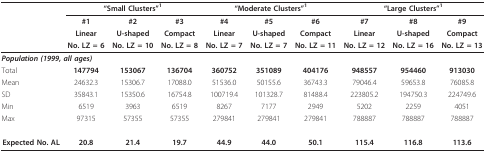
<table><thead><tr><td></td><td colspan="3"><b>&quot;Small Clusters&quot;<sup>1</sup></b></td><td colspan="3"><b>&quot;Moderate Clusters&quot;<sup>1</sup></b></td><td colspan="3"><b>&quot;Large Clusters&quot;<sup>1</sup></b></td></tr><tr><td></td><td><b>#1</b></td><td><b>#2</b></td><td><b>#3</b></td><td><b>#4</b></td><td><b>#5</b></td><td><b>#6</b></td><td><b>#7</b></td><td><b>#8</b></td><td><b>#9</b></td></tr><tr><td></td><td><b>Linear</b></td><td><b>U-shaped</b></td><td><b>Compact</b></td><td><b>Linear</b></td><td><b>U-shaped</b></td><td><b>Compact</b></td><td><b>Linear</b></td><td><b>U-shaped</b></td><td><b>Compact</b></td></tr><tr><td></td><td><b>No. LZ = 6</b></td><td><b>No. LZ = 10</b></td><td><b>No. LZ = 8</b></td><td><b>No. LZ = 7</b></td><td><b>No. LZ = 7</b></td><td><b>No. LZ = 11</b></td><td><b>No. LZ = 12</b></td><td><b>No. LZ = 16</b></td><td><b>No. LZ = 13</b></td></tr></thead><tbody><tr><td colspan="4"><b><i>Population (1999, all ages)</i></b></td><td></td><td></td><td></td><td></td><td></td><td></td></tr><tr><td>Total</td><td><b>147794</b></td><td><b>153067</b></td><td><b>136704</b></td><td><b>360752</b></td><td><b>351089</b></td><td><b>404176</b></td><td><b>948557</b></td><td><b>954460</b></td><td><b>913030</b></td></tr><tr><td>Mean</td><td>24632.3</td><td>15306.7</td><td>17088.0</td><td>51536.0</td><td>50155.6</td><td>36743.3</td><td>79046.4</td><td>59653.8</td><td>76085.8</td></tr><tr><td>SD</td><td>35843.1</td><td>15350.6</td><td>16754.8</td><td>100719.4</td><td>101328.7</td><td>81488.4</td><td>223805.2</td><td>194750.3</td><td>224749.6</td></tr><tr><td>Min</td><td>6519</td><td>3963</td><td>6519</td><td>8267</td><td>7177</td><td>2949</td><td>5202</td><td>2259</td><td>4051</td></tr><tr><td>Max</td><td>97315</td><td>57355</td><td>57355</td><td>279841</td><td>279841</td><td>279841</td><td>788887</td><td>788887</td><td>788887</td></tr><tr><td><b>Expected No. AL</b></td><td><b>20.8</b></td><td><b>21.4</b></td><td><b>19.7</b></td><td><b>44.9</b></td><td><b>44.0</b></td><td><b>50.1</b></td><td><b>115.4</b></td><td><b>116.8</b></td><td><b>113.6</b></td></tr></tbody></table>